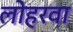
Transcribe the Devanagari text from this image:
लोहरवा